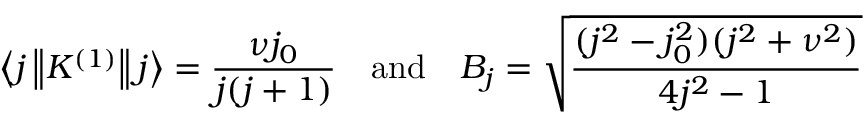
\left\langle j \left\| K ^ { ( 1 ) } \right\| j \right\rangle = { \frac { \nu j _ { 0 } } { j ( j + 1 ) } } \quad { \mathrm { a n d } } \quad B _ { j } = { \sqrt { \frac { ( j ^ { 2 } - j _ { 0 } ^ { 2 } ) ( j ^ { 2 } + \nu ^ { 2 } ) } { 4 j ^ { 2 } - 1 } } }